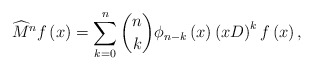
\begin{align*}\widehat{M}^{n}f\left( x\right) =\sum_{k=0}^{n}\binom{n}{k}\phi_{n-k}\left(x\right) \left( xD\right) ^{k}f\left( x\right) , \end{align*}